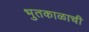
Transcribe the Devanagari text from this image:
भुतकाळाची